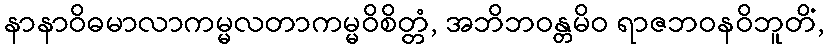
နာနာဝိဓမာလာကမ္မလတာကမ္မဝိစိတ္တံ, အဘိဘဝန္တမိဝ ရာဇဘဝနဝိဘူတိံ,